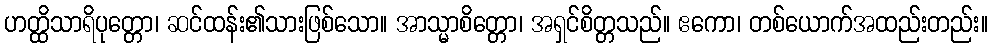
ဟတ္ထိသာရိပုတ္တော၊ ဆင်ထန်း၏သားဖြစ်သော။ အာသ္မာစိတ္တော၊ အရှင်စိတ္တသည်။ ဧကော၊ တစ်ယောက်အထည်းတည်း။